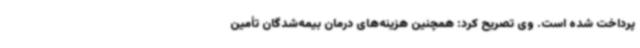
پرداخت شده است. وی تصریح کرد: همچنین هزینه‌های درمان بیمه‌شدگان تأمین